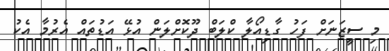
މި ސީޒަނަށް ފަހު ގާޑިއޯލާ ކްލަބް ދޫކޮށްލަން އުޅޭ އަޑުތައް އެރުމާ އެކު